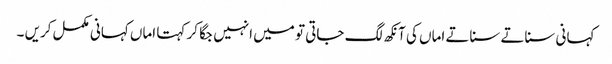
کہانی سناتے سناتے اماں کی آنکھ لگ جاتی تو میں انہیں جگا کر کہتا اماں کہانی مکمل کریں ۔